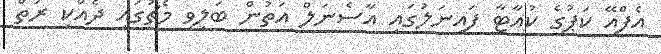
އެފްއޭ ކަޕުގެ ކުއާޓާ ފައިނަލުގައި އާސެނަލް އަތުން ބަލިވި މެޗުގައި ދެއްކި ރަތް